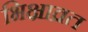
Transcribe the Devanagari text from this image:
भिक्षाव्रत